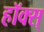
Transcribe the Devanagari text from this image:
हॉक्स्